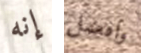
إنه وافضل